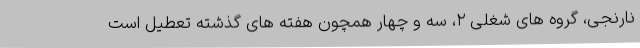
نارنجی، گروه های شغلی ۲، سه و چهار همچون هفته های گذشته تعطیل است